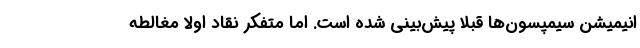
انیمیشن سیمپسون‌ها قبلاً پیش‌بینی شده است. اما متفکر نقاد اولاً مغالطه